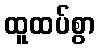
ထူထပ်စွာ